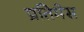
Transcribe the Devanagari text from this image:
प्रतिमेस